Plague in India, 1896, 1897 - Volume 1
Year: 1896
Disease focus: Plague
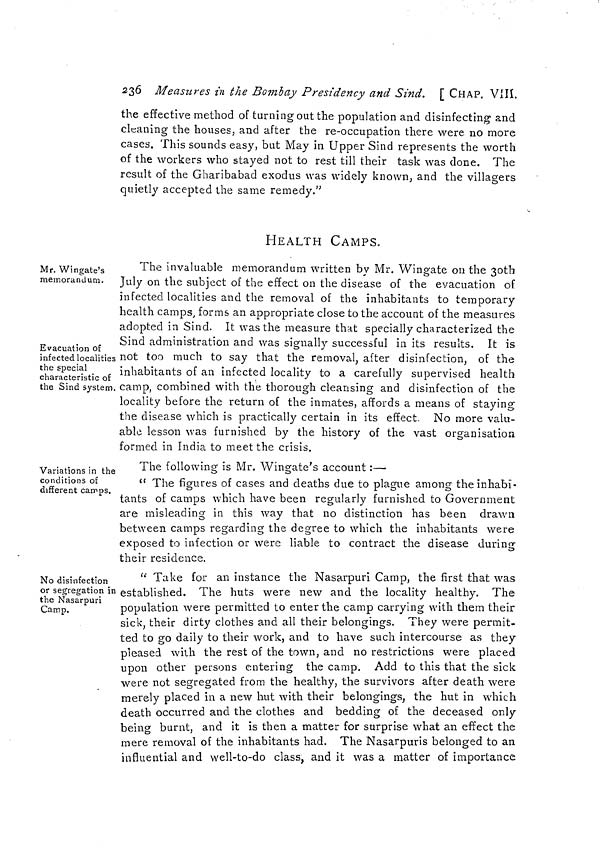
236 Measures in the Bombay Presidency and Sind. [ CHAP. VIII.
the effective method of turning out the population and disinfecting and
cleaning the houses, and after the re-occupation there were no more
cases. This sounds easy, but May in Upper Sind represents the worth
of the workers who stayed not to rest till their task was done. The
result of the Gharibabad exodus was widely known, and the villagers
quietly accepted the same remedy."
HEALTH CAMPS.
Mr. Wingate's
memorandum.
Evacuation of
infected localities
the special
characteristic of
the Sind system.
The invaluable memorandum written by Mr. Wingate on the 30th
July on the subject of the effect on the disease of the evacuation of
infected localities and the removal of the inhabitants to temporary
health camps, forms an appropriate close to the account of the measures
adopted in Sind. It was the measure that specially characterized the
Sind administration and was signally successful in its results. It is
not too much to say that the removal, after disinfection, of the
inhabitants of an infected locality to a carefully supervised health
camp, combined with the thorough cleansing and disinfection of the
locality before the return of the inmates, affords a means of staying
the disease which is practically certain in its effect. No more valu-
able lesson was furnished by the history of the vast organisation
formed in India to meet the crisis.
Variations in the
conditions of
different camps.
The following is Mr. Wingate's account :—
" The figures of cases and deaths due to plague among the inhabi.
tants of camps which have been regularly furnished to Government
are misleading in this way that no distinction has been drawn
between camps regarding the degree to which the inhabitants were
exposed to infection or were liable to contract the disease during
their residence.
No disinfection
or segregation in
the Nasarpuri
Camp.
" Take for an instance the Nasarpuri Camp, the first that was
established. The huts were new and the locality healthy. The
population were permitted to enter the camp carrying with them their
sick, their dirty clothes and all their belongings. They were permit-
ted to go daily to their work, and to have such intercourse as they
pleased with the rest of the town, and no restrictions were placed
upon other persons entering the camp. Add to this that the sick
were not segregated from the healthy, the survivors after death were
merely placed in a new hut with their belongings, the hut in which
death occurred and the clothes and bedding of the deceased only
being burnt, and it is then a matter for surprise what an effect the
mere removal of the inhabitants had. The Nasarpuris belonged to an
influential and well-to-do class, and it was a matter of importance